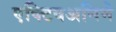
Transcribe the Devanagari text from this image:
एक्टिवअनिमे